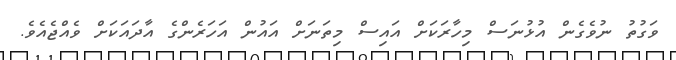
ވަގުތު ނުވެގެން އުޅުނަސް މިހާރަކަށް އައިސް މިތަނަށް އައުން އަހަރެންގެ އާދައަކަށް ވެއްޖެއެވެ.